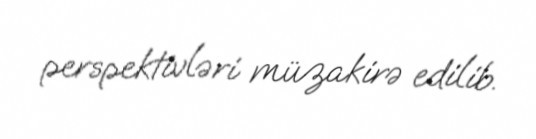
perspektivləri müzakirə edilib.